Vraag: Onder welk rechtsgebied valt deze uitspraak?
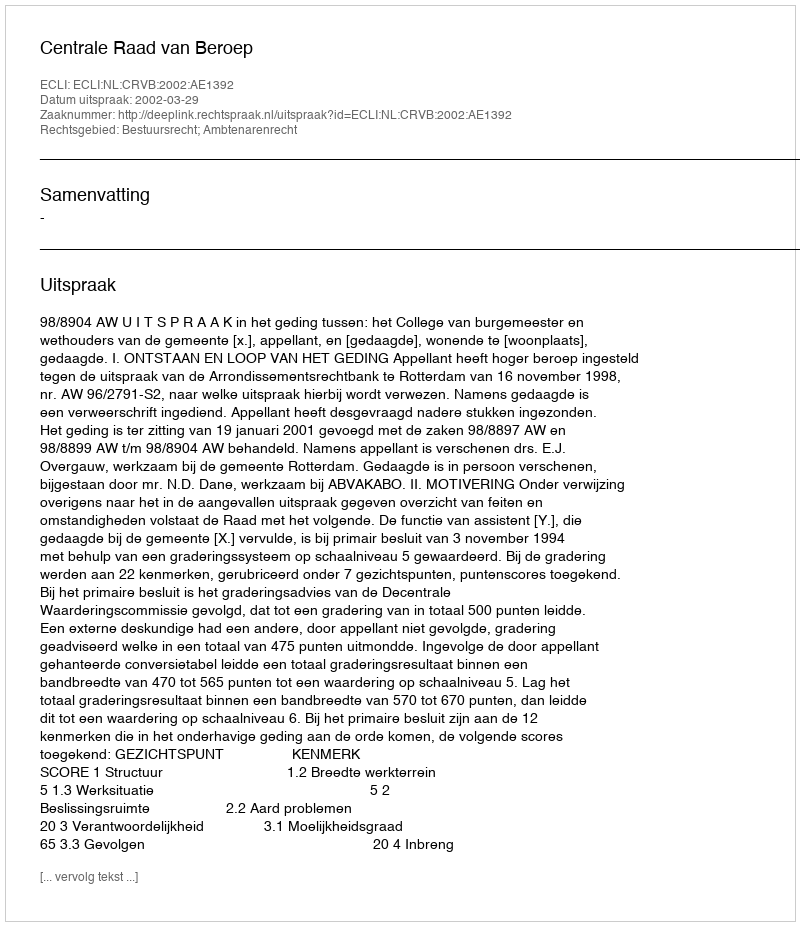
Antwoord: Bestuursrecht; Ambtenarenrecht